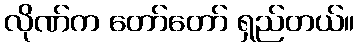
လိုဏ်က တော်တော် ရှည်တယ်။